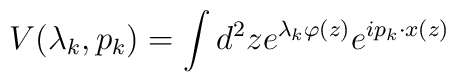
V(\lambda_{k},p_{k}) = \int d^{2}z e^{\lambda_{k}\varphi(z)} e^{ip_{k}\cdot x(z)}